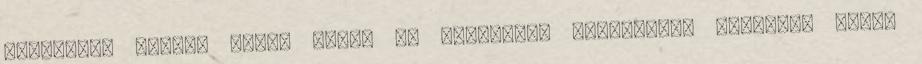
újságíró, miután Simon Judit c. balladája országosan ismertté tette